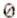
0